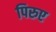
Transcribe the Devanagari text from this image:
पिरुए